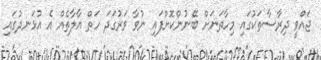
ޖައްވީ ދިރާސާތަކުގައި މިހާތަނަށް ބޭނުންކޮށްފައި ނުވާ ވަރުގަދަ ހަތް އާލާތެއް އެ އުޅަނދުގައި